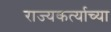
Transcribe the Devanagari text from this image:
राज्यकर्त्याच्या